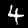
Label: 4